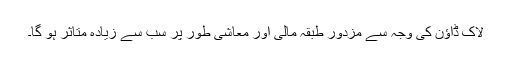
لاک ڈاؤن کی وجہ سے مزدور طبقہ مالی اور معاشی طور پر سب سے زیادہ متاثر ہو گا۔